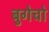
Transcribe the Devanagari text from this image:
बुगेचो